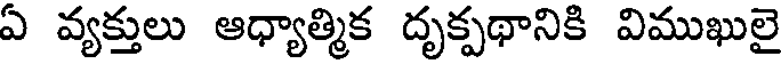
ఏ వ్యక్తులు ఆధ్యాత్మిక దృక్పథానికి విముఖులై